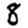
Digit: 8